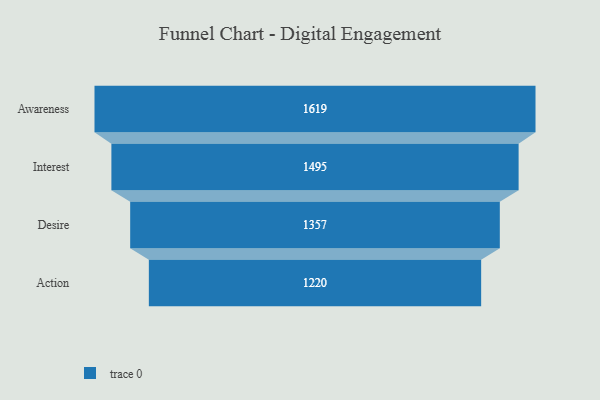
{"axis": {"x": "Stage", "y": "Value"}, "legend": [""], "data": [{"x": "Awareness", "y": 1619.0, "type": ""}, {"x": "Interest", "y": 1495.0, "type": ""}, {"x": "Desire", "y": 1357.0, "type": ""}, {"x": "Action", "y": 1220.0, "type": ""}]}